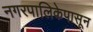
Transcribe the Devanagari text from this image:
नगरपालिकेपासून